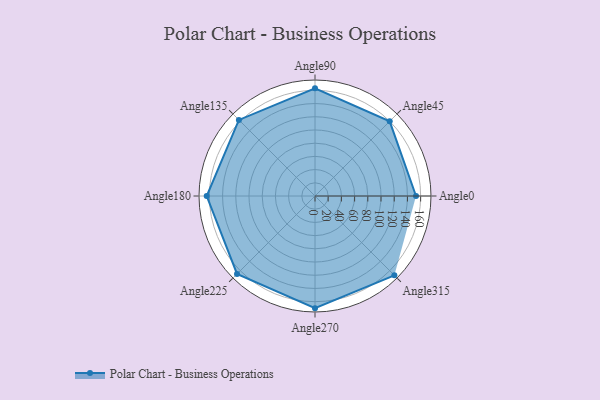
{"axis": {"x": "Angle", "y": "Radius"}, "legend": [""], "data": [{"x": "Angle0", "y": 153.0, "type": ""}, {"x": "Angle45", "y": 160.0, "type": ""}, {"x": "Angle90", "y": 163.0, "type": ""}, {"x": "Angle135", "y": 163.0, "type": ""}, {"x": "Angle180", "y": 164.0, "type": ""}, {"x": "Angle225", "y": 167.0, "type": ""}, {"x": "Angle270", "y": 170, "type": ""}, {"x": "Angle315", "y": 170, "type": ""}]}